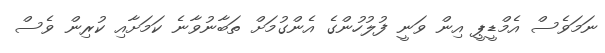
ނަމަވެސް އެމްޑީޕީ އިން ވަނީ ފުލުހުންގެ އެންގުމަށް ތަބާނުވާނެ ކަމަށާއި ކުރިން ވެސް